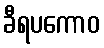
ခီရပကောဝ